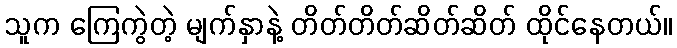
သူက ကြေကွဲတဲ့ မျက်နှာနဲ့ တိတ်တိတ်ဆိတ်ဆိတ် ထိုင်နေတယ်။